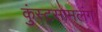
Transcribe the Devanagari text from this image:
कुंस्टसामलंग